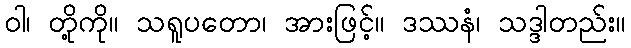
ဝါ၊ တို့ကို။ သရူပတော၊ အားဖြင့်။ ဒဿနံ၊ သဒ္ဒါတည်း။